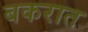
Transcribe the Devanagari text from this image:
बकरात